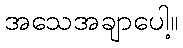
အသေအချာပေါ့။